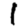
Digit: 1